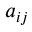
a _ { i j }